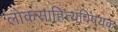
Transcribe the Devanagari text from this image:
लोकसाहित्यविषयक